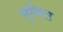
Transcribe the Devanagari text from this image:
मुमित्त